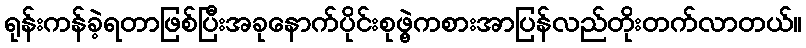
ရုန်းကန်ခဲ့ရတာဖြစ်ပြီးအခုနောက်ပိုင်းစုဖွဲ့ကစားအာပြန်လည်တိုးတက်လာတယ်။